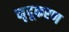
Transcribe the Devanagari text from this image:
मृदूकरण